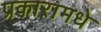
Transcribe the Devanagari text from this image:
प्रकारामधे